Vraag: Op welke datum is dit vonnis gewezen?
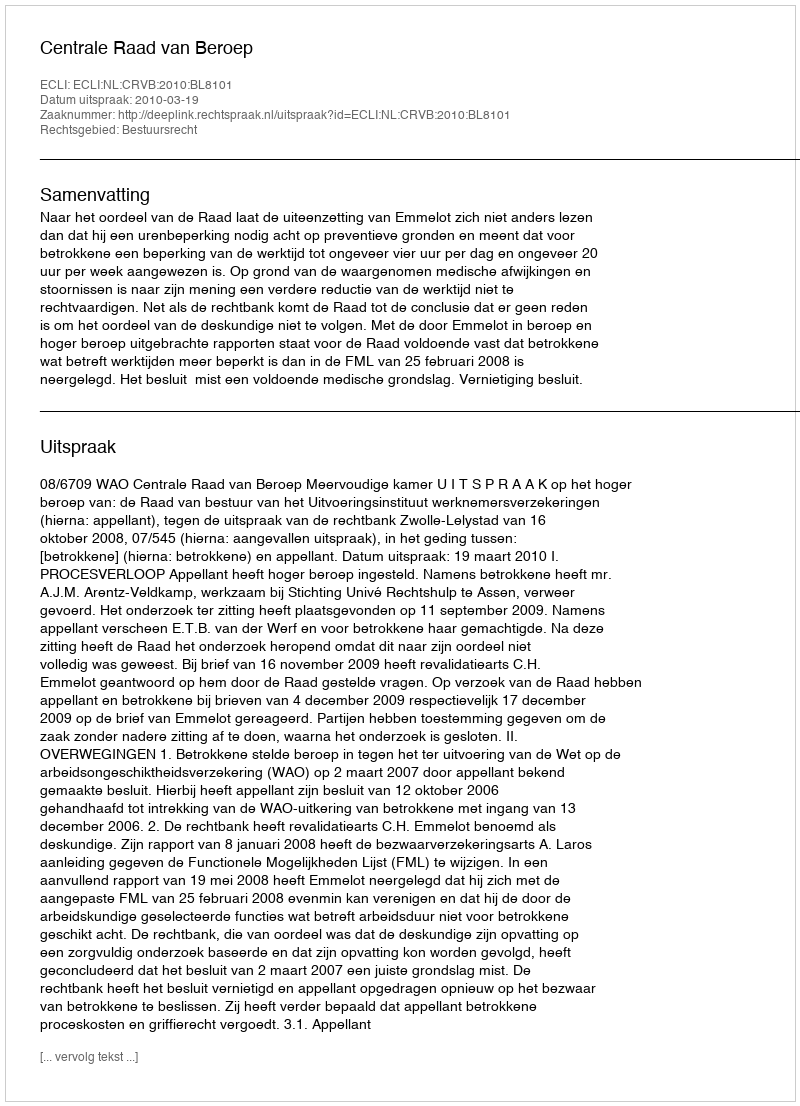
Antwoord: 2010-03-19